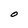
Character: O